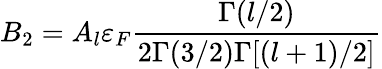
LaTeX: B_{2}=A_{l}\varepsilon_{F}\frac{\Gamma(l/2)}{2\Gamma(3/2)\Gamma[(l+1)/2]}